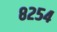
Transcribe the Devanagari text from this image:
८२५४